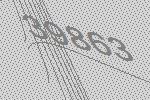
39863